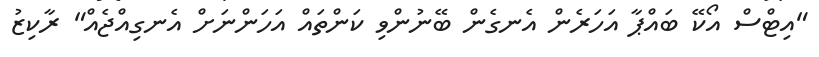
"އިޓްސް އޯކޭ ބައްޕާ އަހަރެން އެނގެން ބޭނުންވި ކަންތައް އަހަންނަށް އެނގިއްޖެއް" ރާކިޒު